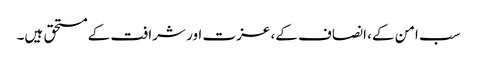
سب امن کے، انصاف کے، عزت اور شرافت کے مستحق ہیں۔